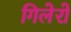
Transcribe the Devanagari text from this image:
गिलेरो